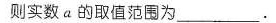
则实数a的取值范围为___.